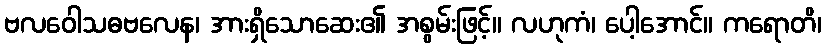
ဗလဝေါသဓဗလေန၊ အားရှိသောဆေး၏ အစွမ်းဖြင့်။ လဟုကံ၊ ပေါ့အောင်။ ကရောတိ၊